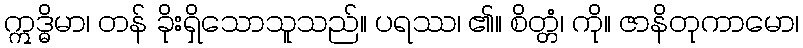
ဣဒ္ဓိမာ၊ တန် ခိုးရှိသောသူသည်။ ပရဿ၊ ၏။ စိတ္တံ၊ ကို။ ဇာနိတုကာမော၊